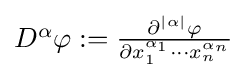
{\textstyle D^{\alpha }\varphi :={\frac {\partial ^{|\alpha |}\varphi }{\partial x_{1}^{\alpha _{1}}\dotsm x_{n}^{\alpha _{n}}}}}